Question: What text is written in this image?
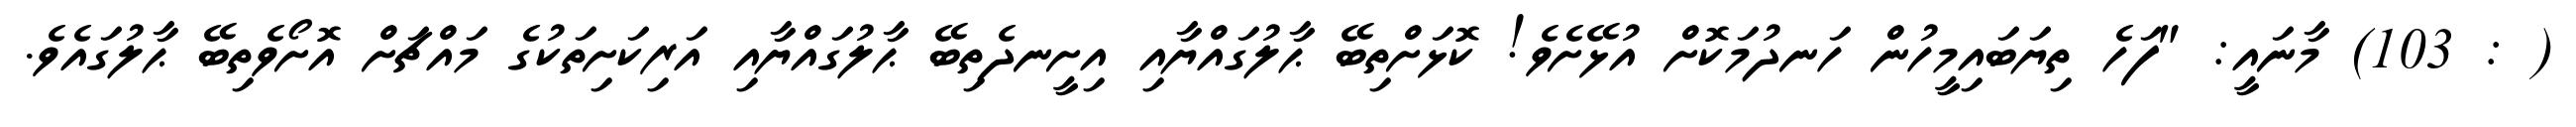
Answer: ( : 103) މާނައީ: "ފަހެ ތިޔަބައިމީހުން ހަނދުމަކޮށް އުޅޭށެވެ! ކޮޅަށްތިބޭ ޙާލުގައްޔާއި އިށީނދެތިބޭ ޙާލުގައްޔާއި އަރިކަށިތަކުގެ މައްޗަށް އޮށޯވެތިބޭ ޙާލުގައެވެ.